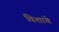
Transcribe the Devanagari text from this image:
विेशाचे